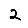
Digit: 2